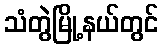
သံတွဲမြို့နယ်တွင်